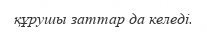
құрушы заттар да келеді.